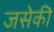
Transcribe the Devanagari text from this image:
जसेकी